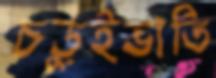
চড়ুইভাতি